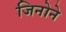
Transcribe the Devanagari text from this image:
जिनोने